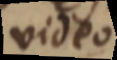
video